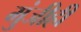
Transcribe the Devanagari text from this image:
मुंजीही